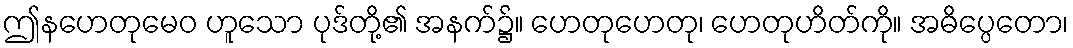
ဤနဟေတုမေဝ ဟူသော ပုဒ်တို့၏ အနက်၌။ ဟေတုဟေတု၊ ဟေတုဟိတ်ကို။ အဓိပ္ပေတော၊